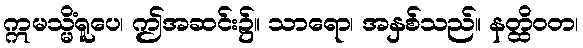
ဣမသ္မိံရူပေ၊ ဤအဆင်း၌။ သာရော၊ အနှစ်သည်။ နတ္ထိဝတ၊